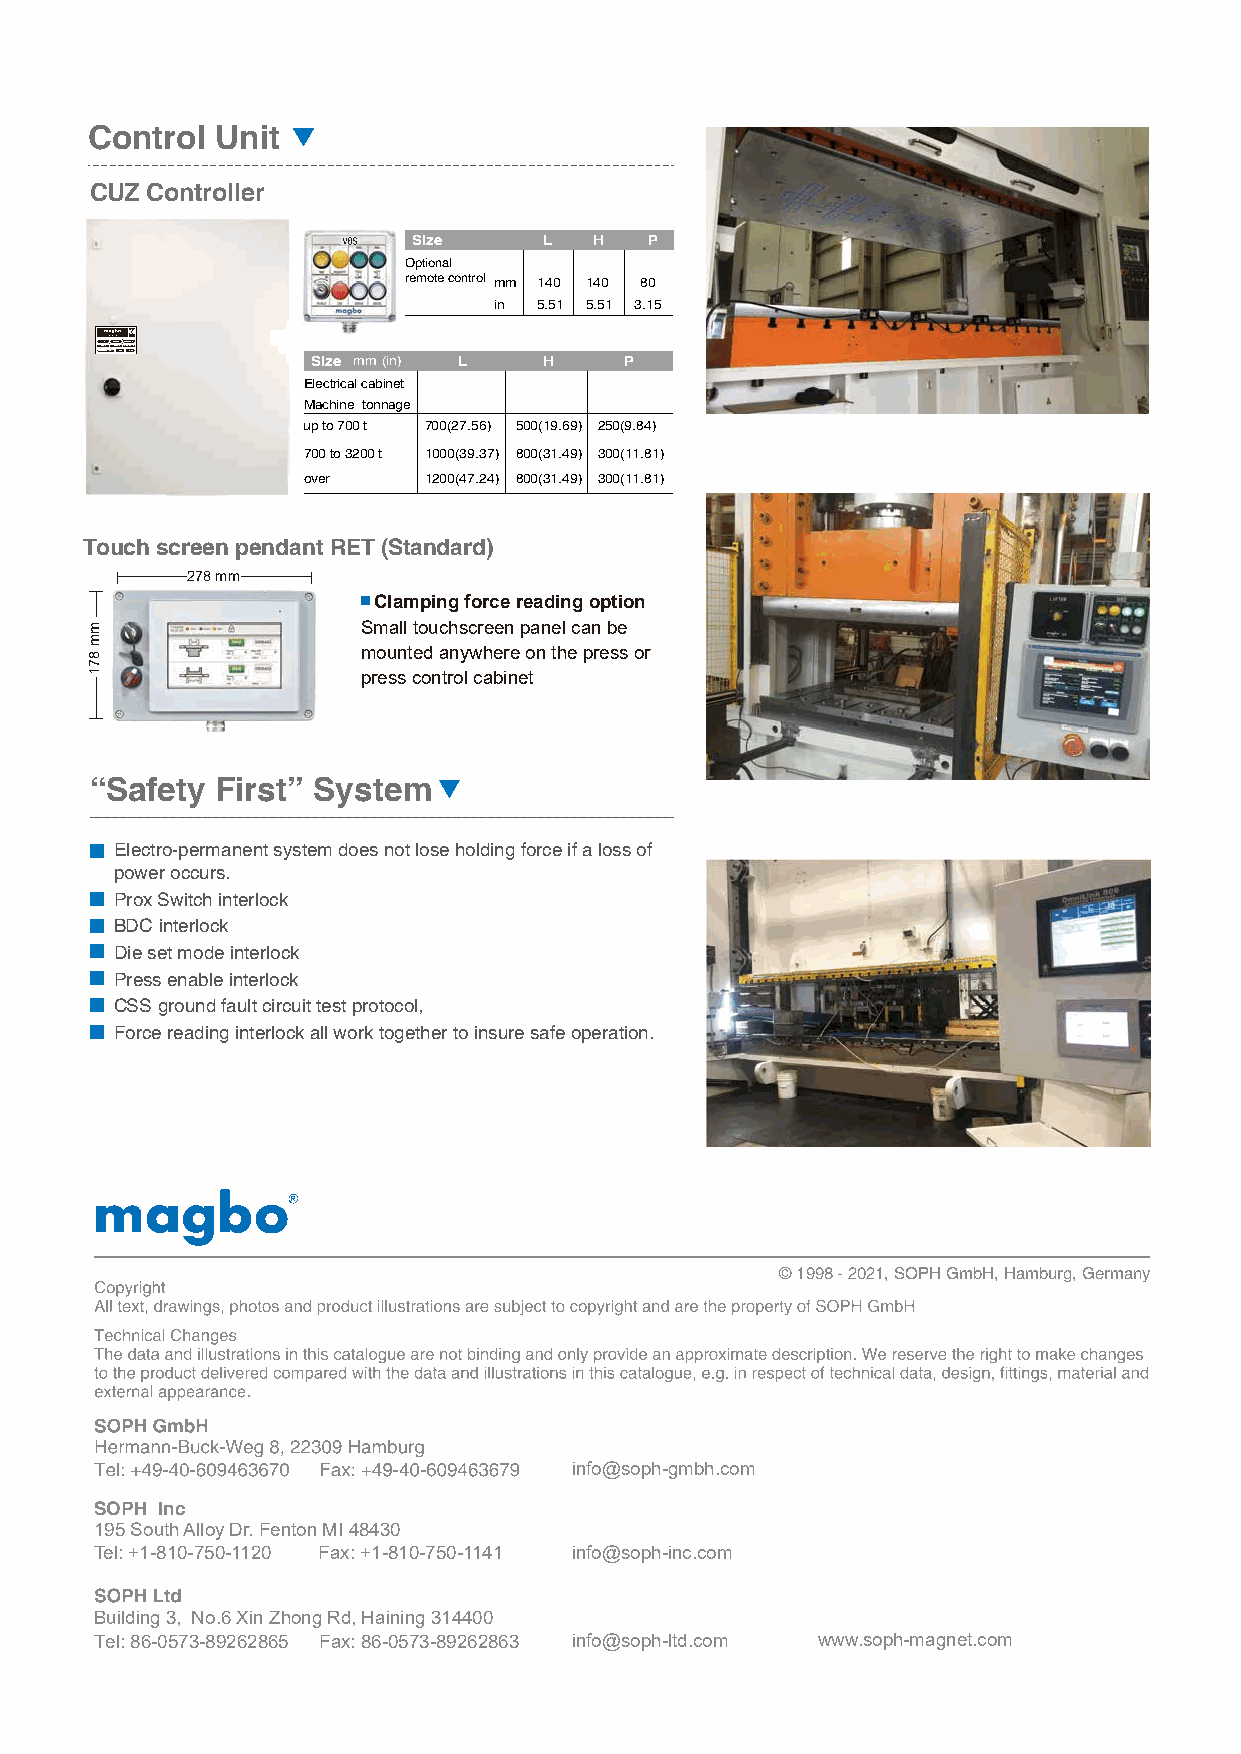
Control Unit
 CUZ Controller
 Size     L  H   P
 Optional
 remote control mm 140 140 80
 in 5.51 5.51 3.15
 8V0=0 4xC0 1U02 ZV0A0 Cx 300 mmf1=25.02/06104 IHPz 54P1m40a2x1=1 8 21 552 k 3kg4VA Size mm(in) L H P
 Electrical cabinet
 Machine tonnage
 up to 700 t 700(27.56) 500(19.69) 250(9.84)
 700 to 3200 t 1000(39.37) 800(31.49) 300(11.81)
 over    1200(47.24) 800(31.49) 300(11.81)
 Touch screen pendant RET (Standard)
 278 mm
 Clamping force reading option
 Small touchscreen panel can be
 mounted anywhere on the press or
 press control cabinet
 “Safety First” System
 Electro-permanent system does not lose holding force if a loss of
 power occurs.
 Prox Switch interlock
 BDC interlock
 Die set mode interlock
 Press enable interlock
 CSS ground fault circuit test protocol,
 Force reading interlock all work together to insure safe operation.
 © 1998 - 2021, SOPH GmbH, Hamburg, Germany
 info@soph-gmbh.com
 SOPH Inc
 195 South Alloy Dr. Fenton MI 48430
 Tel: +1-810-750-1120 Fax: +1-810-750-1141 info@soph-inc.com
 Building 3, No.6 Xin Zhong Rd, Haining 314400
 Tel: 86-0573-89262865 Fax: 86-0573-89262863 info@soph-ltd.com www.soph-magnet.com
 mm
 871